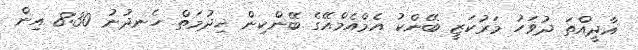
އާދީއްތަ ދުވަހު މަރުކަޒީ ބޭންކު އެމްއެމްއޭގެ ބޭންކިން ޚިދުމަތް ހެނދުނު 8:30 އިން